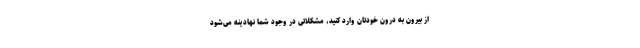
از بیرون به درون خودتان وارد کنید، مشکلاتی در وجود شما نهادینه می‌شود